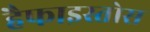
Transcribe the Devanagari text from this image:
हैफाइस्तोस